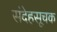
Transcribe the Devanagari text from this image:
संदेहसूचक